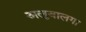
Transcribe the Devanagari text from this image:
अलुवालगा